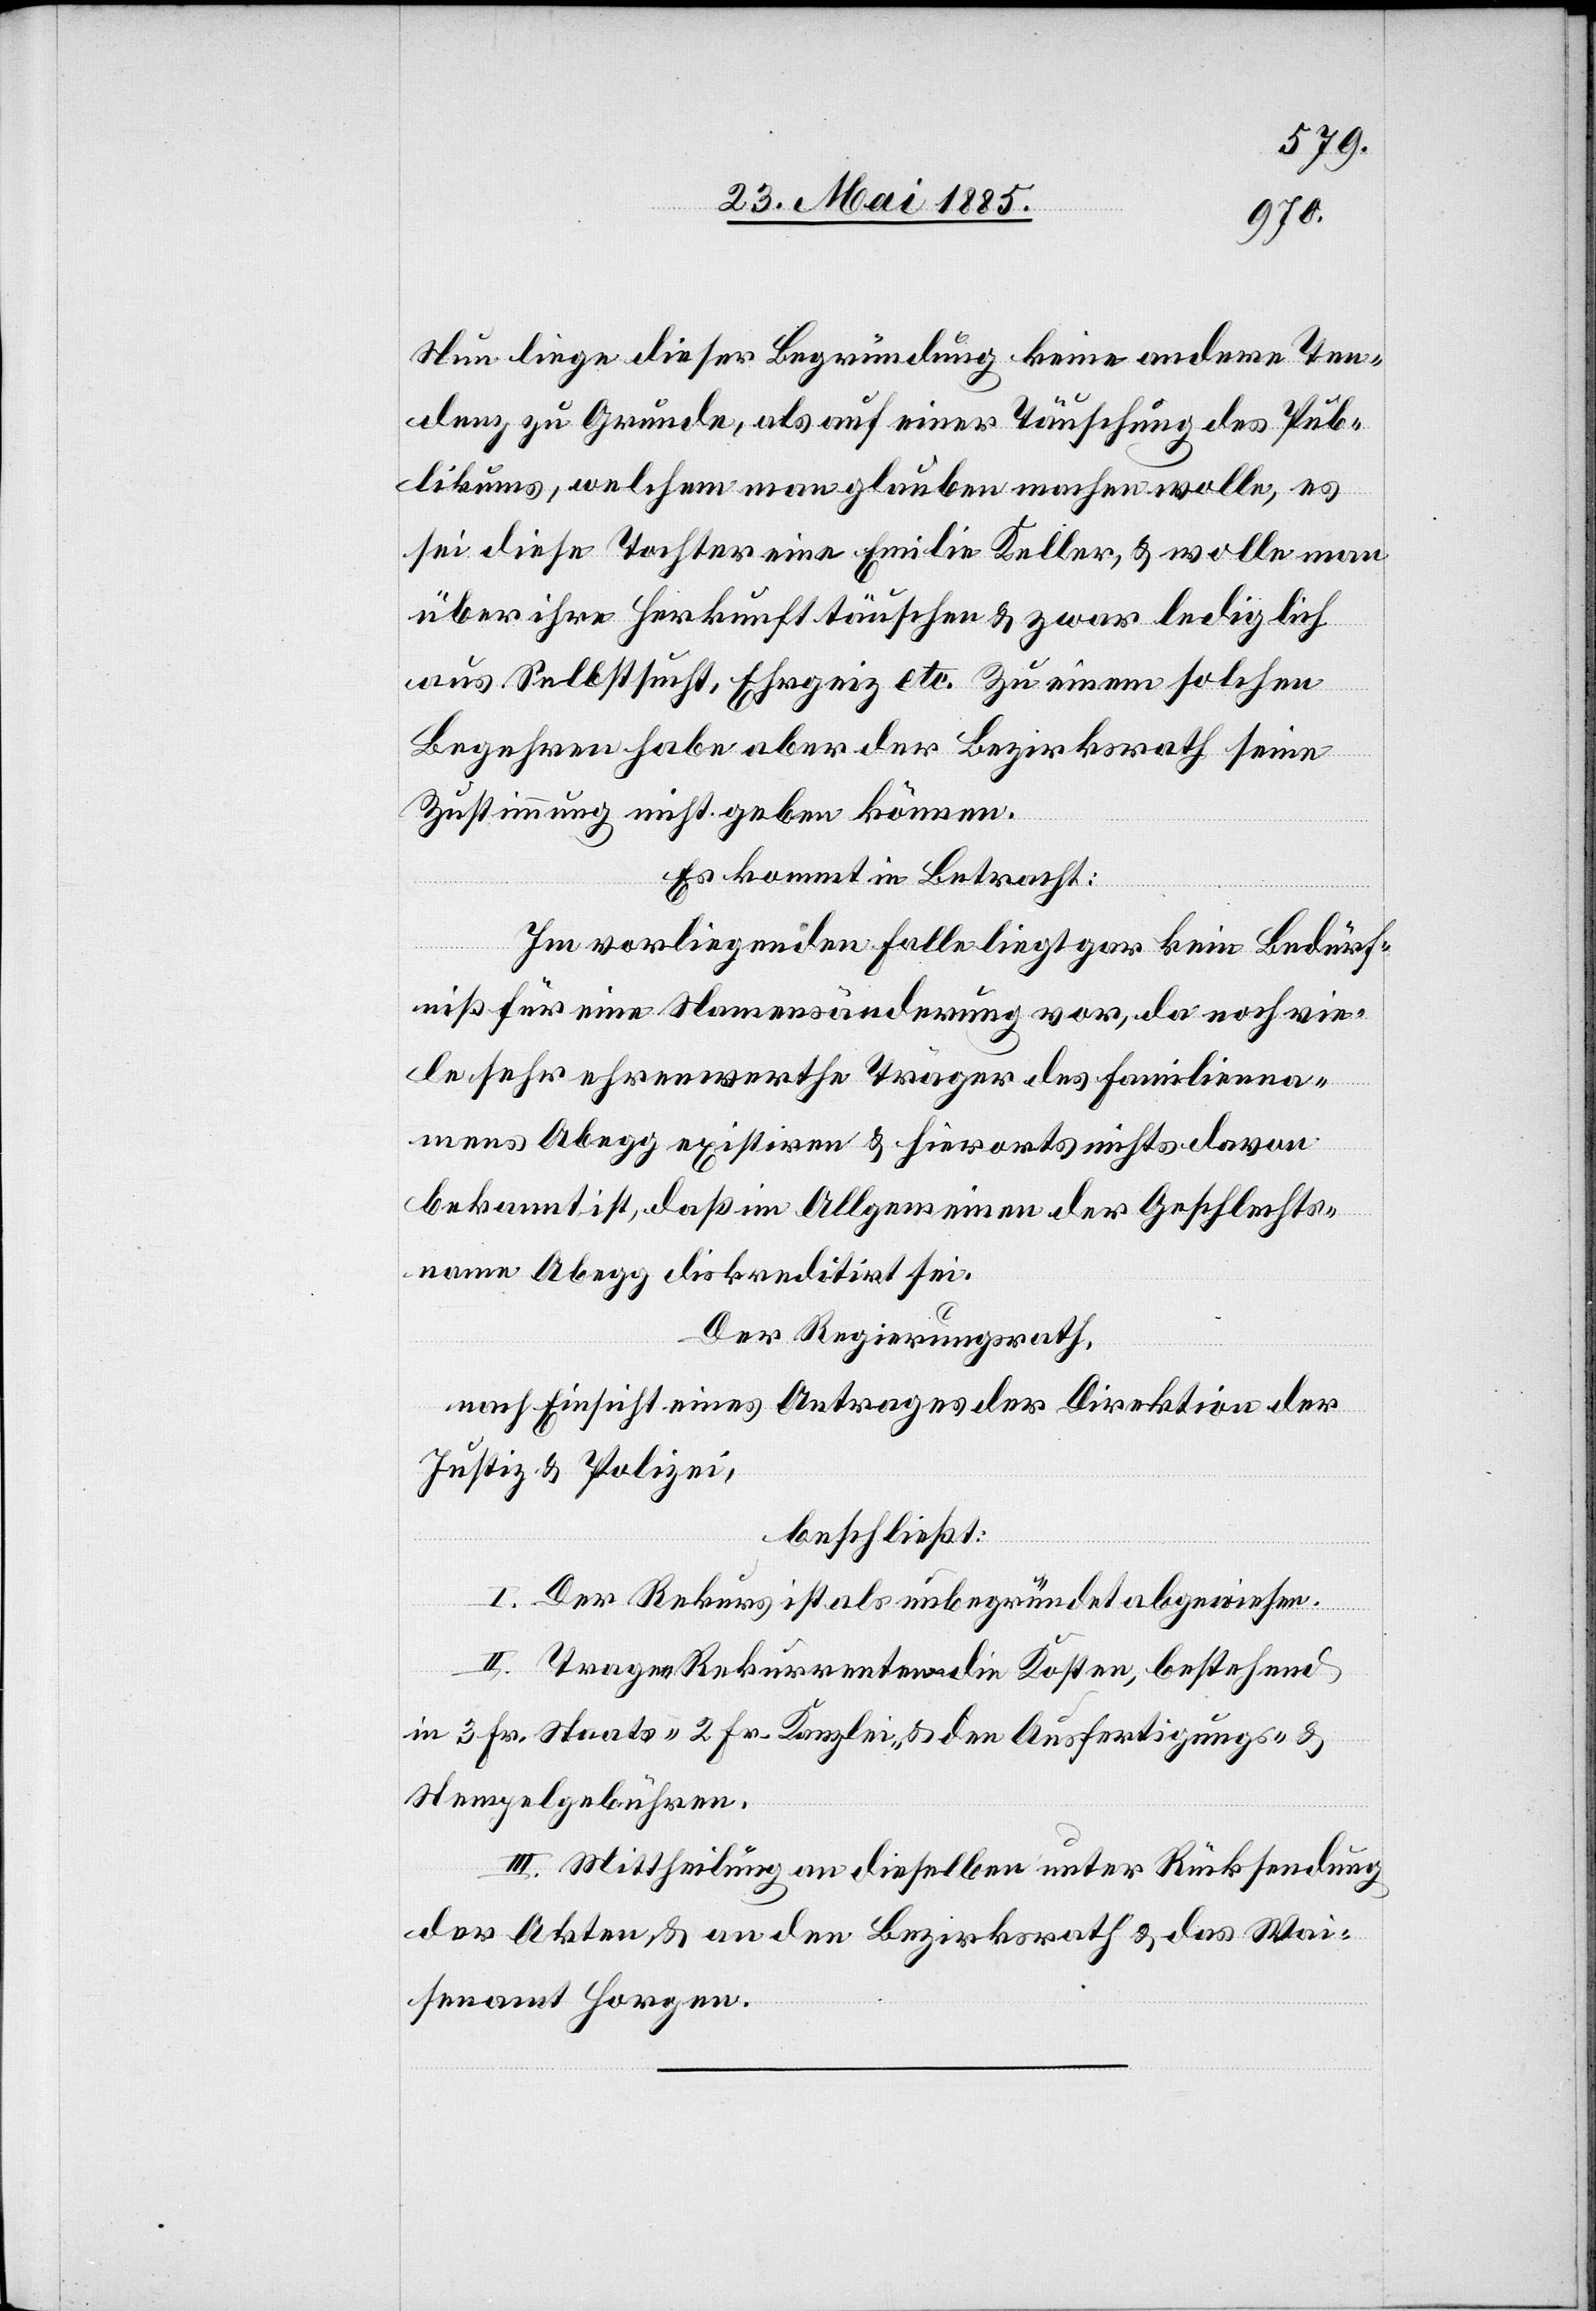
Nun liege dieser Begründung keine andere Ten¬
denz zu Grunde, als auf einer Täuschung des Pub¬
likums, welchem man glauben machen wolle, es
sei diese Tochter eine Emilie Keller, & wolle man
über ihre Herkunft täuschen & zwar lediglich
aus Selbstsucht, Ehrgeiz etc. Zu einem solchen
Begehren habe aber der Bezirksrath seine
Zustimmung nicht geben können.
Es kommt in Betracht:
Im vorliegenden Falle liegt gar kein Bedürf¬
niß für eine Namensänderung vor, da noch vie¬
le sehr ehrenswerthe Träger des Familienna¬
mens Abegg existiren & hierorts nichts davon
bekannt ist, daß im Allgemeinen der Geschlechts¬
name Abegg diskreditirt sei.
Der Regierungsrath,
nach Einsicht eines Antrages der Direktion der
Justiz & Polizei,
beschließt:
I. Der Rekurs ist als unbegründet abgewiesen.
II. Tragen Rekurrenten die Kosten, bestehend
in 3 Fr. Staats-[,] 2 Fr. Kanzlei- & den Ausfertigungs- &
Stempelgebühren.
III. Mittheilung an dieselben unter Rücksendung
der Akten & an den Bezirksrath & das Wai¬
senamt Horgen.